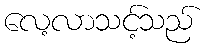
လေ့လာသင့်သည်